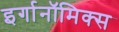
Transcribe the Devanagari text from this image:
इर्गानॉमिक्स